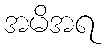
အမိအရ